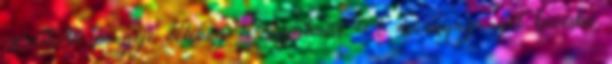
cserélhető pengéje vékony és rugalmas. A műanyag nyél kevésbé